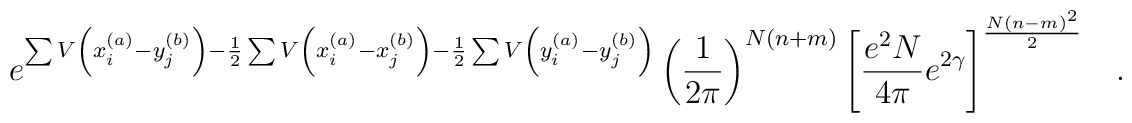
e^{\sum V \left(x_i^{(a)} - y_j^{(b)} \right)-\frac{1}{2}\sum V \left(x_i^{(a)} - x_j^{(b)} \right)-\frac{1}{2}\sum V \left(y_i^{(a)} - y_j^{(b)} \right) }\left( \frac{1}{2\pi} \right)^{N(n+m)}\left[\frac{e^2 N}{4 \pi} e^{2\gamma} \right]^{\frac{N(n-m)^2}{2}} \; \;\; .